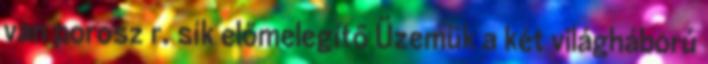
van porosz r. sík előmelegítő Üzemük a két világháború